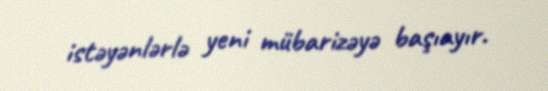
istəyənlərlə yeni mübarizəyə başıayır.